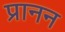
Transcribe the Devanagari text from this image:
प्रानन